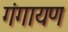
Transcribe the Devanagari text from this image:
गंगायण